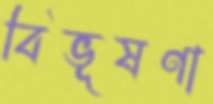
বিভূষণা